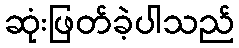
ဆုံးဖြတ်ခဲ့ပါသည်